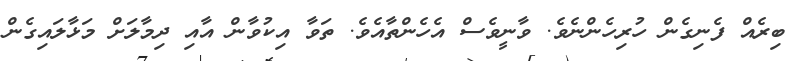
ބިރެއް ފެނިގެން ހުރިހެންނެވެ. ވާނީވެސް އެހެންތާއެވެ. ތަވާ އިކުވާން އާއި ދިމާލަށް މަޅާލައިގެން